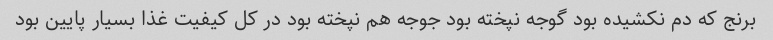
برنج که دم نکشیده بود گوجه نپخته بود جوجه هم نپخته بود در کل کیفیت غذا بسیار پایین بود